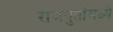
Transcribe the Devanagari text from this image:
राजपुतांमध्ये